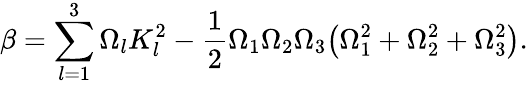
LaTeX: \beta=\sum_{l=1}^{3}\Omega_{l}K_{l}^{2}-\frac{1}{2}\Omega_{1}\Omega_{2}\Omega_{3}\big(\Omega_{1}^{2}+\Omega_{2}^{2}+\Omega_{3}^{2}\big).